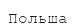
Польша